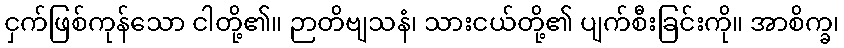
ငှက်ဖြစ်ကုန်သော ငါတို့၏။ ဉာတိဗျသနံ၊ သားငယ်တို့၏ ပျက်စီးခြင်းကို။ အာစိက္ခ၊